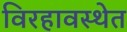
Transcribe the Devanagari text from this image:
विरहावस्थेत